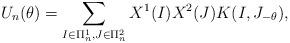
LaTeX: \begin{align*}U_n(\theta)=\sum_{I\in\Pi^1_n,J\in\Pi^2_n}X^1(I)X^2(J)K(I,J_{-\theta}),\end{align*}